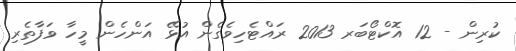
ކުރިން - 12 އޮކްޓޯބަރ 2013 ރައްޓެހިވެގެން އުޅޭ އަންހެން މީހާ ވަފާތެރި